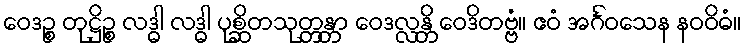
ဝေဒဉ္စ တုဋ္ဌိဉ္စ လဒ္ဓါ လဒ္ဓါ ပုစ္ဆိတသုတ္တန္တာ ဝေဒလ္လန္တိ ဝေဒိတဗ္ဗံ။ ဧဝံ အင်္ဂဝသေန နဝဝိဓံ။